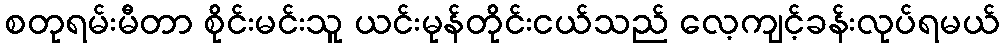
စတုရမ်းမီတာ စိုင်းမင်းသူ ယင်းမုန်တိုင်းငယ်သည် လေ့ကျင့်ခန်းလုပ်ရမယ်